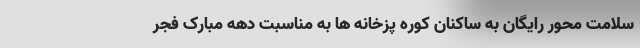
سلامت محور رایگان به ساکنان کوره پزخانه ها به مناسبت دهه مبارک فجر